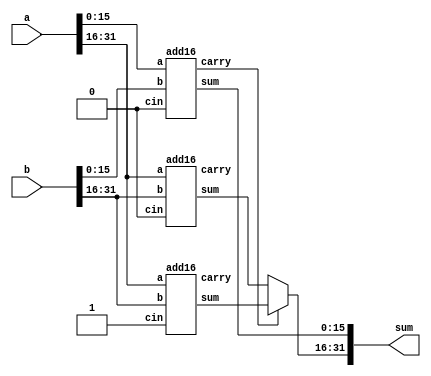
module top_module(
    input [31:0] a,
    input [31:0] b,
    output [31:0] sum
);
    wire sel,w4,w5;
  wire [15:0] w2,w3;
    add16 a1 (a[15:0], b[15:0],1'b0 ,sum[15:0],sel);
  add16 a2 (a[31:16], b[31:16],1'b0,w2,w4);
  add16 a3 (a[31:16], b[31:16],1'b1,w3,w5);
    
    assign sum[31:16] = sel ? w3 : w2  ;
    
endmodule

module add16(a,b,cin,sum,carry);
  input [15:0] a,b;
  output reg [15:0] sum;
  input cin;
  output reg carry;
  
  always @(*)
    begin
      
      {carry,sum} =  a + b + cin ;
      
    end
  
  
endmodule